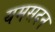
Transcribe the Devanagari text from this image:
यमसदन